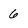
Character: 6